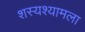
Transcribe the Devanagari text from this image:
शस्यश्यामला